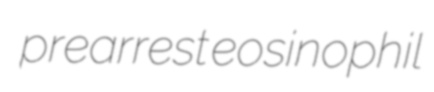
prearrest eosinophil